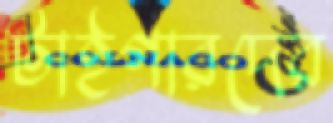
টাইগারদের